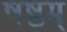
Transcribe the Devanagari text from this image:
षष्ठम्‌